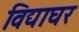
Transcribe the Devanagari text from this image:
विद्याघर